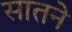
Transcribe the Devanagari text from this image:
सातने